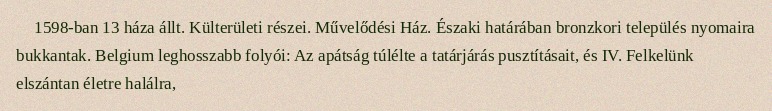
1598-ban 13 háza állt. Külterületi részei. Művelődési Ház. Északi határában bronzkori település nyomaira bukkantak. Belgium leghosszabb folyói: Az apátság túlélte a tatárjárás pusztításait, és IV. Felkelünk elszántan életre halálra,